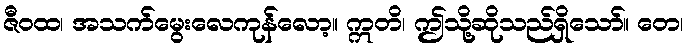
ဇီဝထ၊ အသက်မွေးလေကုန်လော့။ ဣတိ၊ ဤသို့ဆိုသည်ရှိသော်။ တေ၊